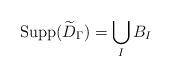
LaTeX: \begin{align*}\mathrm{Supp}(\widetilde{D}_{\Gamma}) = \bigcup_{I}B_{I}\end{align*}